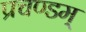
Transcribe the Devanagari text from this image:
प्रचण्डम्